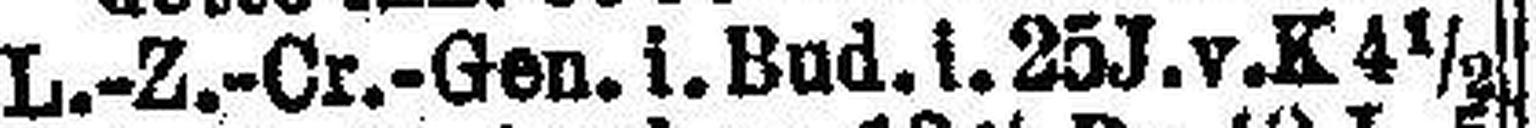
L.-Z.-Cr.-Gen. i. Bud. i. 25 J. v. K 4½